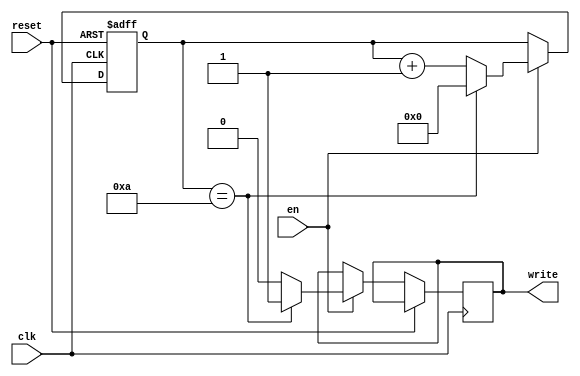
module decoder_Counter_11(input clk, 
	                      input reset,
	                      input en,
                         output write );
						
  reg [3:0] counter_up;
  reg write1;
always @(posedge clk or posedge reset)
begin
if(reset)
 counter_up <= 4'b0000;
else if(en==1)
 begin
 counter_up <= counter_up + 4'b0001;
   write1<=0;
 if(counter_up ==4'b1010)
 begin
 write1<=1;
 counter_up <= 4'b0000;
 end
  end
end 
assign write=write1;
endmodule